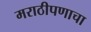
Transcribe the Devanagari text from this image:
मराठीपणाचा